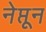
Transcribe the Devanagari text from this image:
नेप्तून